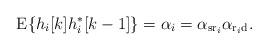
LaTeX: \begin{align*}\mbox{E}\{h_i[k]h_i^*[k-1]\}=\alpha_i=\alpha_{\mathrm{sr}_i} \alpha_{\mathrm{r}_i\mathrm{d}}.\end{align*}